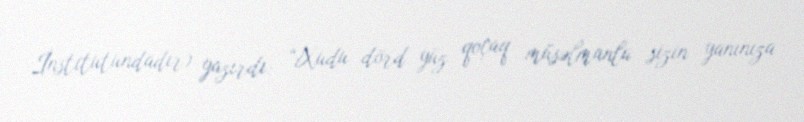
İnstitutundadır) yazırdı: “Xudu dörd yüz qoçaq müsəlmanla sizin yanınıza